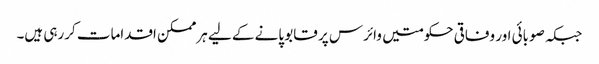
جبکہ صوبائی اور وفاقی حکومتیں وائرس پر قابو پانے کے لیے ہرممکن اقدامات کررہی ہیں۔